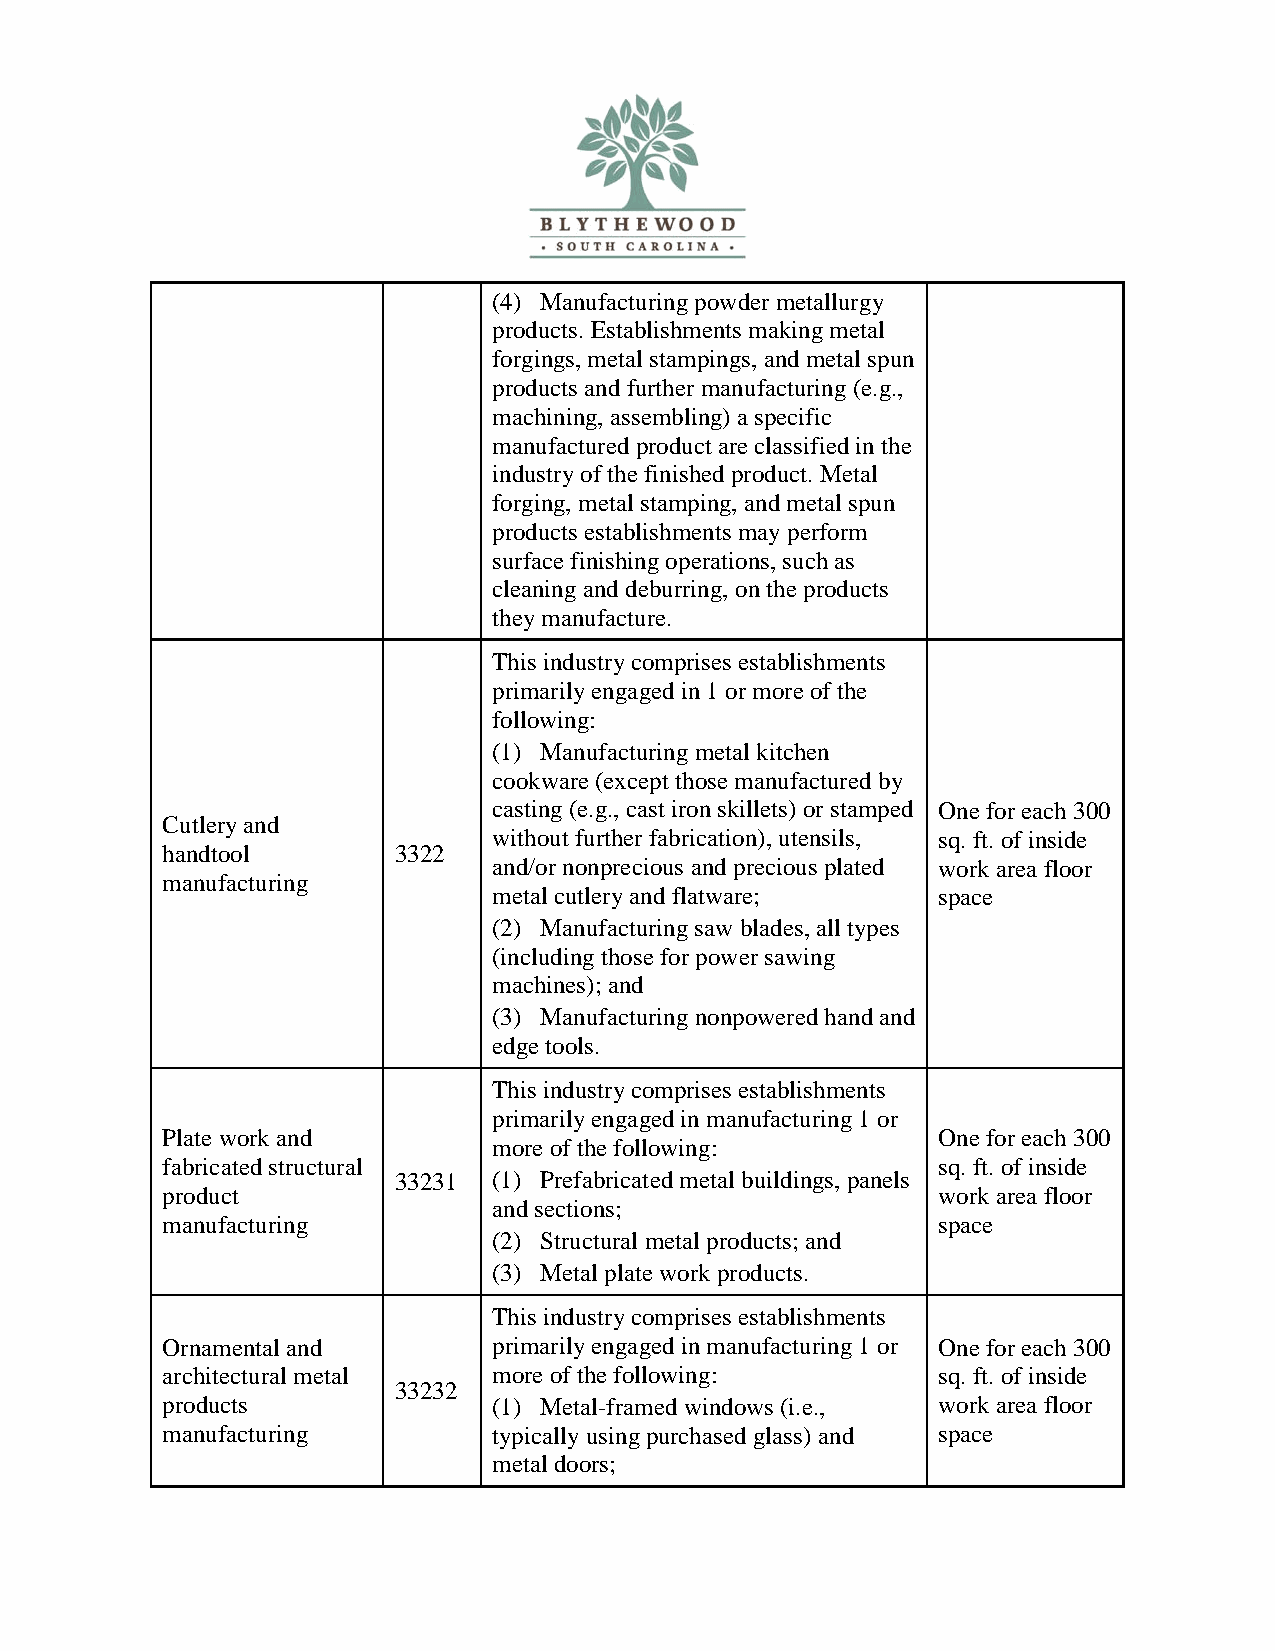
(4) Manufacturing powder metallurgy
 products. Establishments making metal
 forgings, metal stampings, and metal spun
 products and further manufacturing (e.g.,
 machining, assembling) a specific
 manufactured product are classified in the
 industry of the finished product. Metal
 forging, metal stamping, and metal spun
 products establishments may perform
 surface finishing operations, such as
 cleaning and deburring, on the products
 they manufacture.
 This industry comprises establishments
 primarily engaged in 1 or more of the
 following:
 (1) Manufacturing metal kitchen
 cookware (except those manufactured by
 casting (e.g., cast iron skillets) or stamped One for each 300
 Cutlery and
 without further fabrication), utensils, sq. ft. of inside
 handtool       3322
 and/or nonprecious and precious plated work area floor
 manufacturing
 metal cutlery and flatware;  space
 (2) Manufacturing saw blades, all types
 (including those for power sawing
 machines); and
 (3) Manufacturing nonpowered hand and
 edge tools.
 This industry comprises establishments
 primarily engaged in manufacturing 1 or
 Plate work and                                     One for each 300
 more of the following:
 fabricated structural                              sq. ft. of inside
 33231  (1) Prefabricated metal buildings, panels
 product                                            work area floor
 and sections;
 manufacturing                                      space
 (2) Structural metal products; and
 (3) Metal plate work products.
 This industry comprises establishments
 Ornamental and        primarily engaged in manufacturing 1 or One for each 300
 architectural metal   more of the following:       sq. ft. of inside
 33232
 products              (1) Metal-framed windows (i.e., work area floor
 manufacturing         typically using purchased glass) and space
 metal doors;